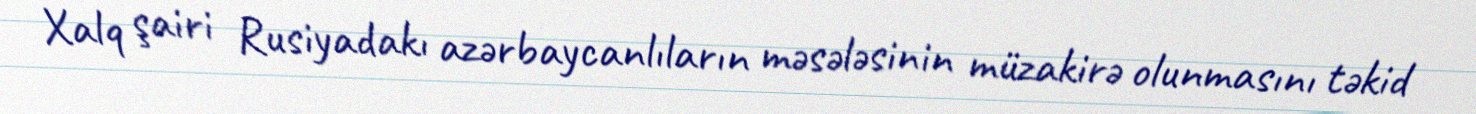
Xalq şairi Rusiyadakı azərbaycanlıların məsələsinin müzakirə olunmasını təkid